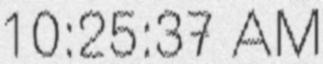
10:25:37 AM